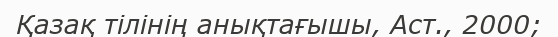
Қазақ тілінің анықтағышы, Аст., 2000;